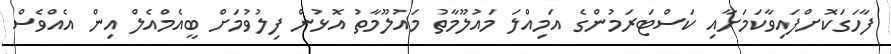
ފާހަގަކޮށްފައިވާކަމަށާއި ކަސްޓަރަމުންގެ އަމިއްލަ މައުލޫމާތު މައުލޫމާތު އޮޅުން ފިލުވުމަށް ބީއެމްއެލް އިން އެއްވެސް